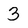
Character: 3